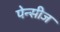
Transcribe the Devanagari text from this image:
पेन्सीज